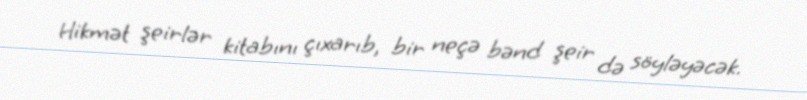
Hikmət şeirlər kitabını çıxarıb, bir neçə bənd şeir də söyləyəcək.